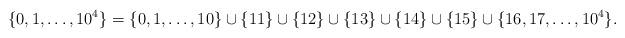
LaTeX: \begin{align*} \{0,1,\dots,10^4\} =\{0,1,\dots, 10\}\cup\{11\}\cup\{12\}\cup\{13\}\cup\{14\}\cup\{15\}\cup\{16,17,\dots,10^4\}. \end{align*}